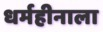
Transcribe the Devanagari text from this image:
धर्महीनाला